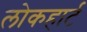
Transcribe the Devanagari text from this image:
लोकहार्ट